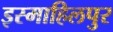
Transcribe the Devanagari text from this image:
इस्माहिलपुर